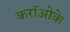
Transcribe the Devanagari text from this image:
करॉओके